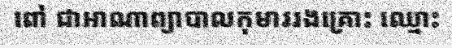
ពៅ ជាអាណាព្យាបាលកុមាររងគ្រោះ ឈ្មោះ